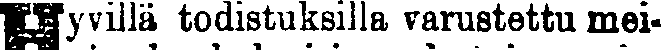
Hyvillä todistuksilla varustettu mei-